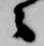
々